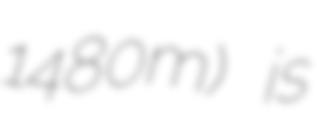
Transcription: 1480m) is